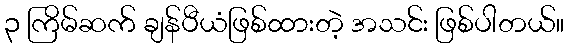
၃ ကြိမ်ဆက် ချန်ပီယံဖြစ်ထားတဲ့ အသင်း ဖြစ်ပါတယ်။